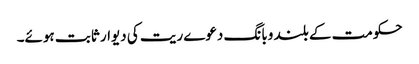
حکومت کے بلند وبانگ دعوے ریت کی دیوار ثابت ہوئے۔